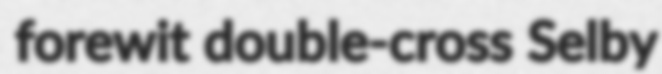
forewit double-cross Selby